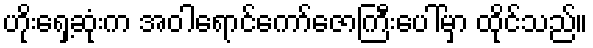
ဟိုးရှေ့ဆုံးက အဝါရောင်ကော်ဇောကြီးပေါ်မှာ ထိုင်သည်။